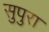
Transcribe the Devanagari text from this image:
सुपुरा